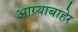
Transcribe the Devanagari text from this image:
आग्र्याबाहेर